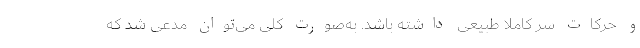
و حرکات سر کاملا طبیعی داشته باشد. به‌صورت کلی می‌توان مدعی شد که